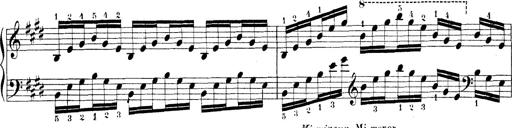
Title: Technische Studien
Composer: Franz Liszt